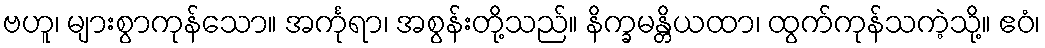
ဗဟူ၊ များစွာကုန်သော။ အင်္ကုရာ၊ အစွန်းတို့သည်။ နိက္ခမန္တိယထာ၊ ထွက်ကုန်သကဲ့သို့။ ဧဝံ၊